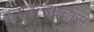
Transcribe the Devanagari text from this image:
यदुनन्दनदास